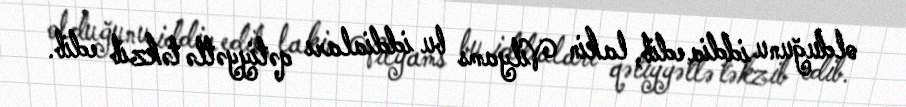
olduğunu iddia edib, lakin Vilyams bu iddiaları qətiyyətlə təkzib edib.